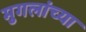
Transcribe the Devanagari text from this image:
मुगलांच्या